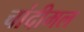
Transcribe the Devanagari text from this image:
चांदीमल